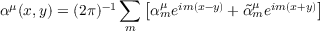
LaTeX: \alpha ^ { \mu } ( x , y ) = ( 2 \pi ) ^ { - 1 } \sum _ { m } \left[ \alpha _ { m } ^ { \mu } e ^ { i m ( x - y ) } + \tilde { \alpha } _ { m } ^ { \mu } e ^ { i m ( x + y ) } \right]